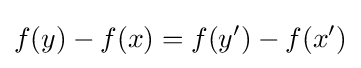
f(y)-f(x)=f(y')-f(x')